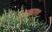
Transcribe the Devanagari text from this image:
अयाहशाह